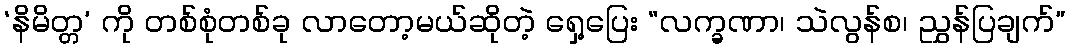
‘နိမိတ္တ’ ကို တစ်စုံတစ်ခု လာတော့မယ်ဆိုတဲ့ ရှေ့ပြေး “လက္ခဏာ၊ သဲလွန်စ၊ ညွှန်ပြချက်”